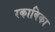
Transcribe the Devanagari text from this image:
रकाबिका